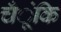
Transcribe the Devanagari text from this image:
चँूंकि